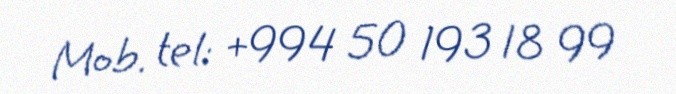
Mob. tel: +994 50 193 18 99